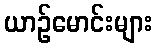
ယာဉ်မောင်းများ